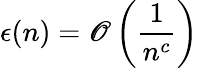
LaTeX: \epsilon(n)=\mathscr{O}\left({\frac{{1}}{{n^{c}}}}\right)